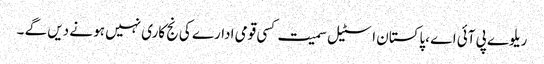
ریلوے پی آئی اے ،پاکستان اسٹیل سمیت کسی قومی ادارے کی نج کاری نہیں ہو نے دیں گے ۔